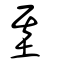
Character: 基